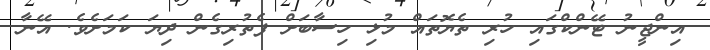
އިންޖީނު ޓޭންކްގައި ހުރި ތެޔޮތައް މުޅި ހިސާބަށް ފެތުރިގެން ދިޔަ ކަމަށެވެ. އޭނާ